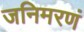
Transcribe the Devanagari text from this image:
जनिमरणं